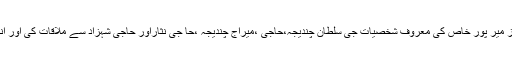
علاقہ ازیں انتخابی مہم کے سلسلے میں حق پرست رکن سندھ اسمبلی ڈاکٹر ظفر احمد کمالی نے گزشتہ روز میر پور خاص کی معروف شخصیات جی سلطان چندیجہ،حاجی ،میراج چندیجہ ،حا جی نثاراور حاجی شہزاد سے ملاقات کی اور انہیں ماضی میں حق پرست امیدواران کی جانب سے کرائے گئے بلدیاتی کاموں کی تفصیلات سے آگاہ کیا ۔